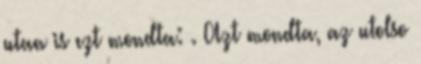
utan is ezt mondta: . Azt mondta, az utolso